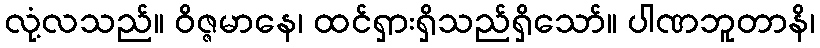
လုံ့လသည်။ ဝိဇ္ဇမာနေ၊ ထင်ရှားရှိသည်ရှိသော်။ ပါဏဘူတာနိ၊